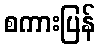
စကားပြန်